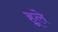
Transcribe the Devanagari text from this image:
हूले